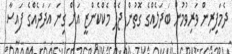
ދެމަފިރިން ވަރިވުމުން ބަދަލެއްގެ ގޮތުން ޖެފް މެކްކެންޒީ އަށް ގިނަ އަދަދެއްގެ ފައިސާ